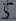
Text: 5